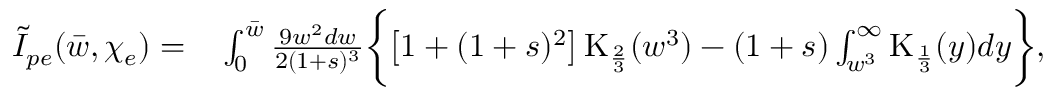
\begin{array} { r l } { \tilde { I } _ { p e } ( \bar { w } , \chi _ { e } ) = } & { { } \int _ { 0 } ^ { \bar { w } } \frac { 9 w ^ { 2 } d w } { 2 ( 1 + s ) ^ { 3 } } \biggl \{ \left[ 1 + ( 1 + s ) ^ { 2 } \right] \mathrm { K } _ { \frac { 2 } { 3 } } ( w ^ { 3 } ) - ( 1 + s ) \int _ { w ^ { 3 } } ^ { \infty } \mathrm { K } _ { \frac { 1 } { 3 } } ( y ) d y \biggr \} , } \end{array}